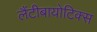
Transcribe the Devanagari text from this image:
लैंटीबायोटिक्स